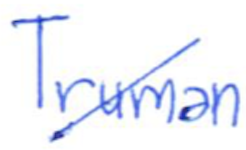
Text: Truman
Cross-out: diagonal
Writing tool: ballpoint